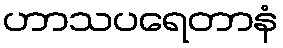
ဟာသပရေတာနံ